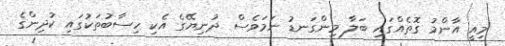
މިއީ އާންމު ގޮތެއްގައި ބަލާ މިންގަނޑު ނަމަވެސް ދުނިޔޭގެ އެކި ހިސާބުތަކުގައި ކުދިންގެ